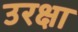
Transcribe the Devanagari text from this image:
उरक्षा